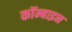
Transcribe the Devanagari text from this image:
कॉम्बाइन